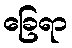
ခြေရာ